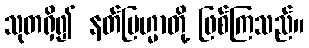
သုတရှိ၍ နတ်ဗြဟ္မာတို့ ဖြစ်ကြသည်။